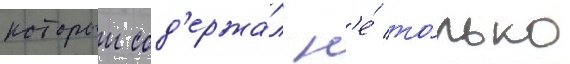
которыи сод'ержа́л н'е́ то́лько